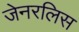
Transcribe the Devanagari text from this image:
जेनरलिस